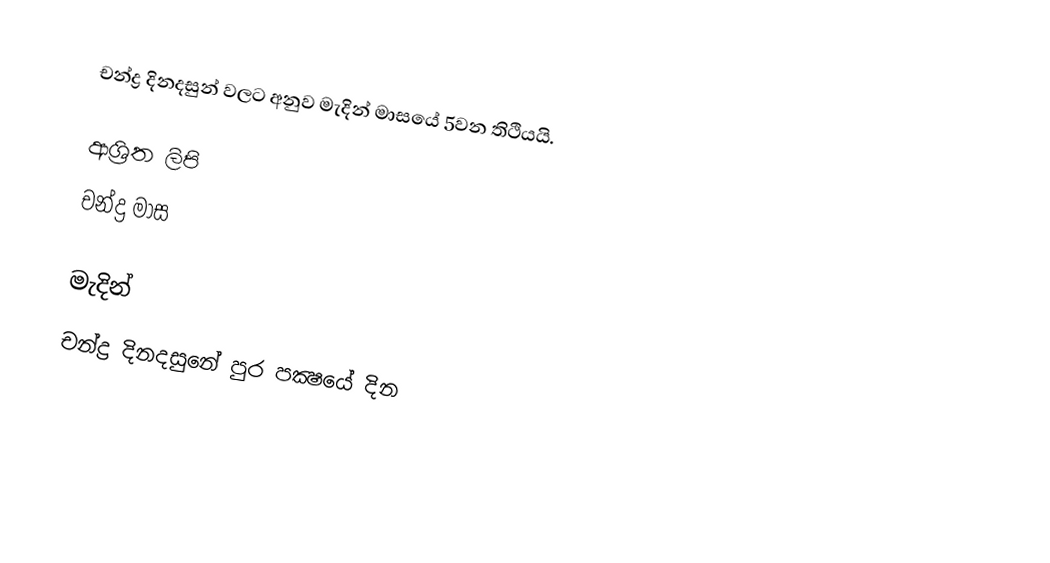
චන්ද්‍ර දිනදසුන් වලට අනුව මැදින් මාසයේ 5වන තිථියයි.

ආශ්‍රිත ලිපි
 චන්ද්‍ර මාස

මැදින්
චන්ද්‍ර දිනදසුනේ පුර පක්‍ෂයේ දින